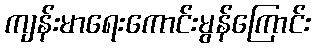
ကျန်းမာရေးကောင်းမွန်ကြောင်း